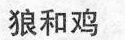
狼和鸡